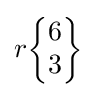
r{\begin{Bmatrix}6\\3\end{Bmatrix}}